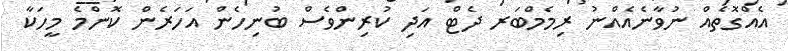
އެއްގޮތެެއް ނުވާނެއެއްނު ރިމެމްބަރ ދެޓް އަދި ކުރިންވެސް ބުނިހެން އަހަރެން ކޮންމެ މީހަކާ